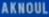
AKKOUHL